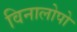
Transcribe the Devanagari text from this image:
विनालोपो